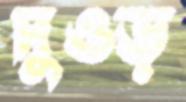
দুওড়